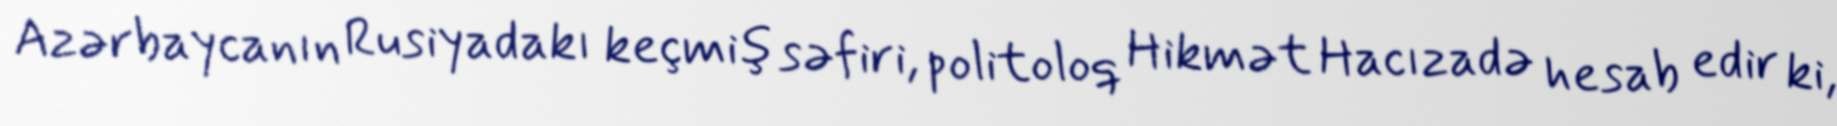
Azərbaycanın Rusiyadakı keçmiş səfiri, politoloq Hikmət Hacızadə hesab edir ki,